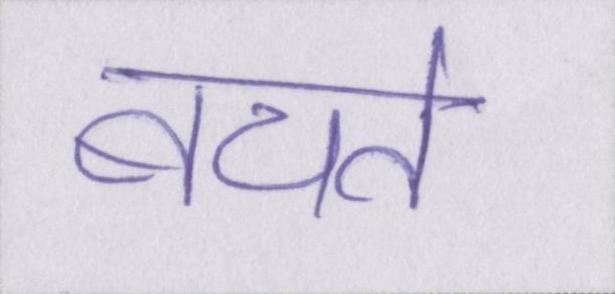
बचते